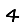
Digit: 4